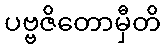
ပဗ္ဗဇိတောမှီတိ